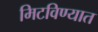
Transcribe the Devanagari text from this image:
मिटविण्यात